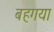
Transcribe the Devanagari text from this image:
बहगया